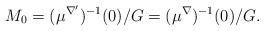
LaTeX: \begin{align*}M_0 = (\mu^{\nabla'})^{-1}(0)/G = (\mu^{\nabla})^{-1}(0)/G.\end{align*}